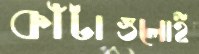
কাঁটাগুলোই